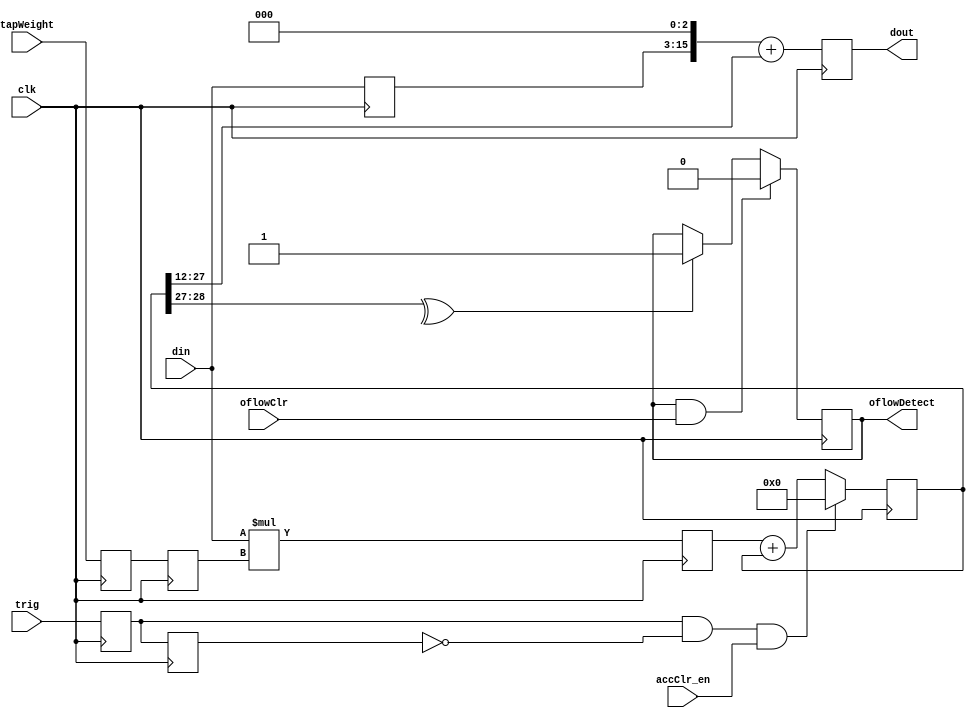
module antiDroopIIR (
	input clk,
	input trig,
	input signed [12:0] din,
	input signed [6:0] tapWeight,
	input accClr_en,
	input oflowClr,
	output reg oflowDetect = 1'd0,
	output reg signed [15:0] dout = 16'sd0);

parameter IIR_scale = 15; // define the scaling factor for the IIR multiplier, eg for 0.002 (din = 63, IIR_scale = 15).

//`define ADDPIPEREG

reg signed [12:0] din_del = 13'sd0;
`ifdef ADDPIPEREG reg signed [12:0] din_del_b = 13'sd0;
`endif
reg signed [47:0] tap = 48'sd0;
reg signed [19:0] multreg = 20'sd0;

(* equivalent_register_removal = "no" *) reg trig_a = 1'b0, trig_b = 1'b0;
wire trig_edge = trig_a & ~trig_b;
//reg trig_edge = 1'b0;
reg signed [6:0] tapWeight_a = 7'sd0, tapWeight_b = 7'sd0;

always @(posedge clk) begin
	//trig_edge <= trig_a & ~trig_b;
	tapWeight_a <= tapWeight;
	tapWeight_b <= tapWeight_a;
	trig_a <= trig;
	trig_b <= trig_a;
	din_del <= din;
	`ifdef ADDPIPEREG
		din_del_b <= din_del;
		multreg <= din_del*tapWeight_b;
		dout <= {din_del_b, 3'b000} + tap[IIR_scale+12:IIR_scale-3];
	`else
		multreg <= din*tapWeight_b;
		dout <= {din_del, 3'b000} + tap[IIR_scale+12:IIR_scale-3];
	`endif
	if (trig_edge && accClr_en) tap <= 48'd0;
	else tap <= multreg + tap;
	//tap <= din*tapWeight + tap;
	if (oflowDetect && oflowClr) oflowDetect <= 1'b0;
	//else if ((~& tap[47:IIR_scale+12]) || (& ~tap[47:IIR_scale+12])) oflowDetect <= 1'b1;
	//else if ((~& tap[47:IIR_scale+12]) || (& tap[47:IIR_scale+12])) oflowDetect <= 1'b1;
	else if (^ tap[IIR_scale+13:IIR_scale+12]) oflowDetect <= 1'b1;
	else oflowDetect <= oflowDetect;
end

endmodule